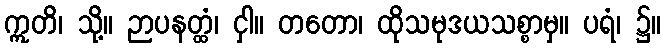
ဣတိ၊ သို့။ ဉာပနတ္ထံ၊ ငှါ။ တတော၊ ထိုသမုဒယသစ္စာမှ။ ပရံ၊ ၌။